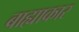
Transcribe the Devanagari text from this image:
बाह्याकार